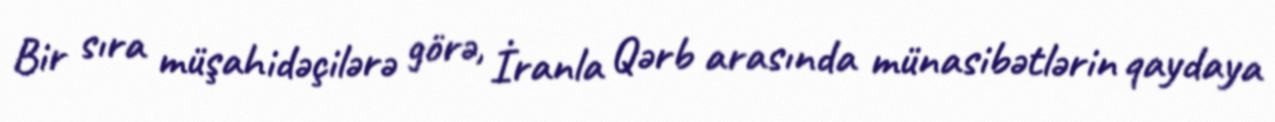
Bir sıra müşahidəçilərə görə, İranla Qərb arasında münasibətlərin qaydaya